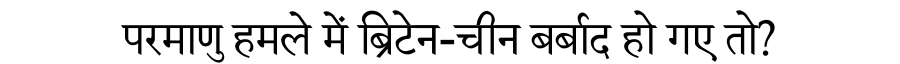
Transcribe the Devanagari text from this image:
परमाणु हमले में ब्रिटेन-चीन बर्बाद हो गए तो?